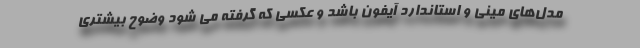
مدل‌های مینی و استاندارد آیفون باشد و عکسی که گرفته می شود وضوح بیشتری